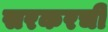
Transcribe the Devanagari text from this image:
सरकरची